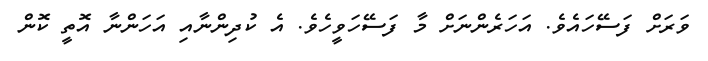
ވަރަށް ފަސޭހައެވެ. އަހަރެންނަށް މާ ފަސޭހަވީހެވެ. އެ ކުދިންނާއި އަހަންނާ އޮތީ ކޮން